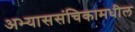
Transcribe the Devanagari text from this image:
अभ्याससंचिकामधील